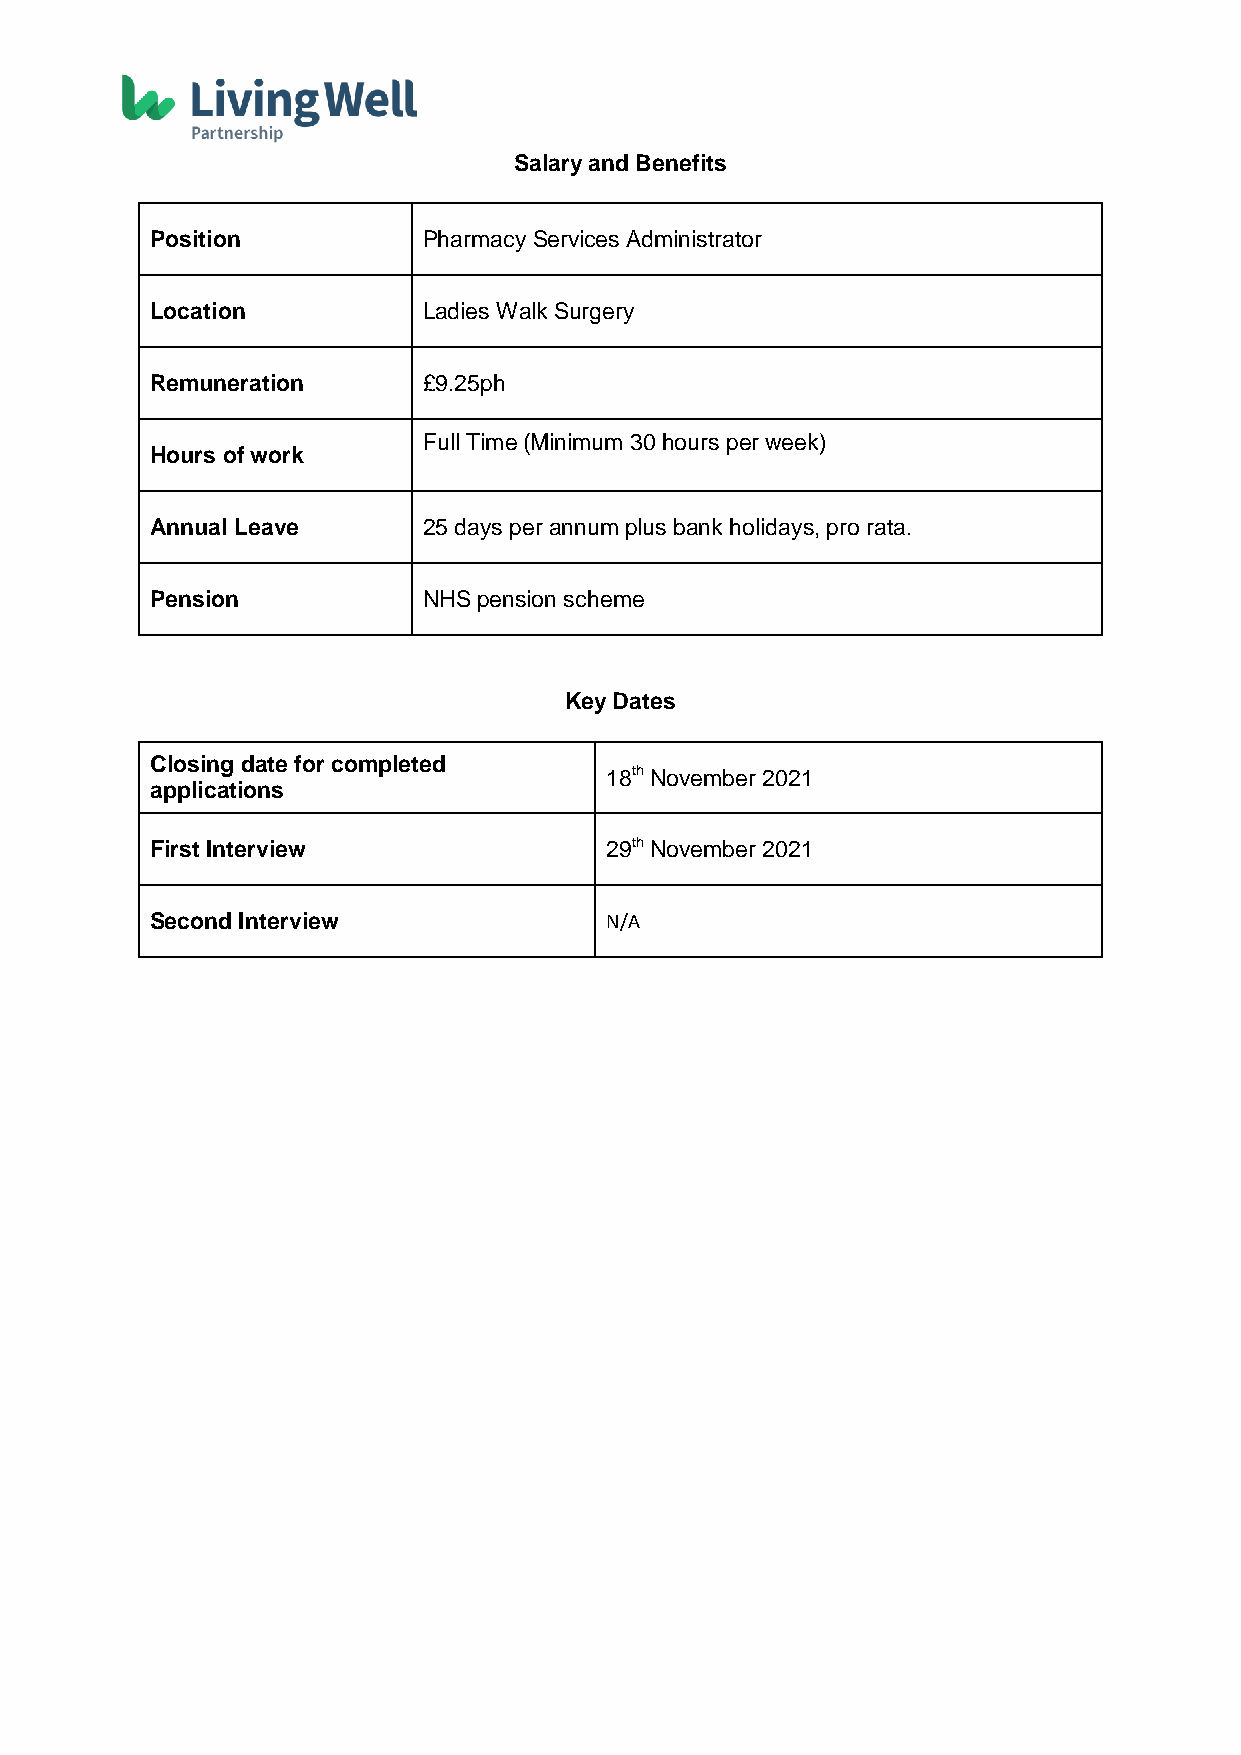
Salary and Benefits
 Position          Pharmacy Services Administrator
 Location          Ladies Walk Surgery
 Remuneration      £9.25ph
 Full Time (Minimum 30 hours per week)
 Hours of work
 Annual Leave      25 days per annum plus bank holidays, pro rata.
 Pension           NHS pension scheme
 Key Dates
 Closing date for completed
 18th November 2021
 applications
 First Interview               29th November 2021
 Second Interview              N/A